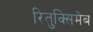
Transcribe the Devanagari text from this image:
रितुक्सिमेब